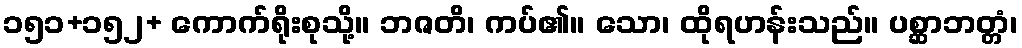
၁၅၁+၁၅၂+ ကောက်ရိုးစုသို့။ ဘဇတိ၊ ကပ်၏။ သော၊ ထိုရဟန်းသည်။ ပစ္ဆာဘတ္တံ၊